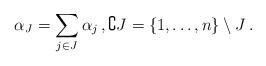
LaTeX: \begin{align*}\alpha_J=\sum_{j \in J} \alpha_j\,,\complement J=\{1,\ldots,n\}\setminus J\,.\end{align*}